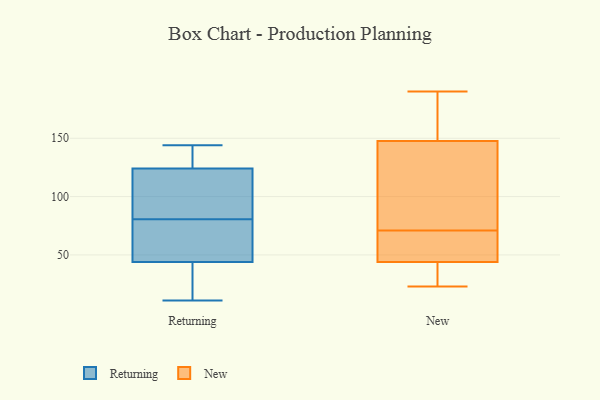
{"axis": {"x": "Operating Costs (USD K)", "y": "Value"}, "legend": ["New", "Returning"], "data": [{"x": "", "y": 78, "type": "Returning"}, {"x": "", "y": 92, "type": "Returning"}, {"x": "", "y": 11, "type": "Returning"}, {"x": "", "y": 144, "type": "Returning"}, {"x": "", "y": 69, "type": "Returning"}, {"x": "", "y": 133, "type": "Returning"}, {"x": "", "y": 16, "type": "Returning"}, {"x": "", "y": 86, "type": "Returning"}, {"x": "", "y": 44, "type": "Returning"}, {"x": "", "y": 131, "type": "Returning"}, {"x": "", "y": 12, "type": "Returning"}, {"x": "", "y": 70, "type": "Returning"}, {"x": "", "y": 124, "type": "Returning"}, {"x": "", "y": 83, "type": "Returning"}, {"x": "", "y": 55, "type": "New"}, {"x": "", "y": 37, "type": "New"}, {"x": "", "y": 137, "type": "New"}, {"x": "", "y": 71, "type": "New"}, {"x": "", "y": 82, "type": "New"}, {"x": "", "y": 184, "type": "New"}, {"x": "", "y": 67, "type": "New"}, {"x": "", "y": 23, "type": "New"}, {"x": "", "y": 171, "type": "New"}, {"x": "", "y": 140, "type": "New"}, {"x": "", "y": 41, "type": "New"}, {"x": "", "y": 190, "type": "New"}, {"x": "", "y": 45, "type": "New"}]}